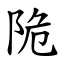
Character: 陒